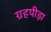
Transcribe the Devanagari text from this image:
ग्रहपीड़ा